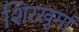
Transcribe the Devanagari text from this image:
शिरखुर्मा